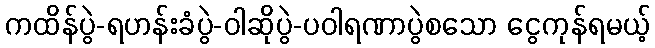
ကထိန်ပွဲ-ရဟန်းခံပွဲ-ဝါဆိုပွဲ-ပဝါရဏာပွဲစသော ငွေကုန်ရမယ့်